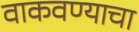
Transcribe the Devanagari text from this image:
वाकवण्याचा